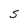
Character: S